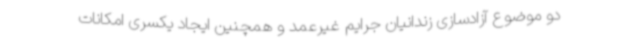
دو موضوع آزادسازی زندانیان جرایم غیرعمد و همچنین ایجاد یکسری امکانات